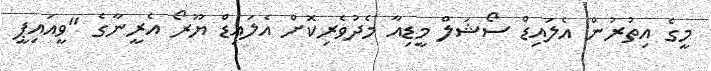
މީގެ އިތުރުން އެލައިޑް ސޯޝަލް މީޑިއާ މެދުވެރިކޮށް އެލައިޑް ޔޫރޯ އެރީނާގެ "ވީއައިޕީ